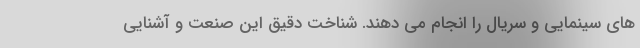
های سینمایی و سریال را انجام می دهند. شناخت دقیق این صنعت و آشنایی